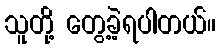
သူတို့ တွေ့ခဲ့ရပါတယ်။